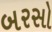
બરસો